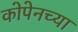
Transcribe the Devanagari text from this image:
कोपेनच्या